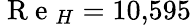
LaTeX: \mathrm{~R~e~}_{H}=10{,}595